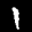
Label: 1